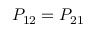
P _ { 1 2 } = P _ { 2 1 }